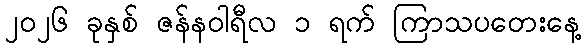
၂၀၂၆ ခုနှစ် ဇန်နဝါရီလ ၁ ရက် ကြာသပတေးနေ့